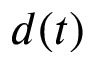
d ( t )